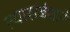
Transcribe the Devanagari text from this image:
त्यासंबंधाने